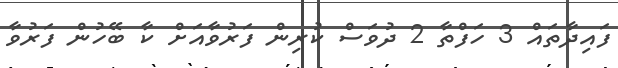
ފައިދާތައް 3 ހަފްތާ 2 ދުވަސް ކުރިން ފަރުވާއަށް ކާ ބޭހުން ފަރުވާ